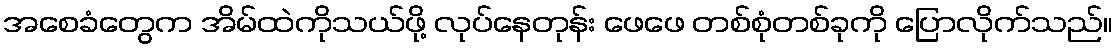
အစေခံတွေက အိမ်ထဲကိုသယ်ဖို့ လုပ်နေတုန်း ဖေဖေ တစ်စုံတစ်ခုကို ပြောလိုက်သည်။